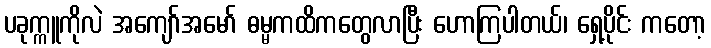
ပခုက္ကူကိုလဲ အကျော်အမော် ဓမ္မကထိကတွေလာပြီး ဟောကြပါတယ်၊ ရှေ့ပိုင်း ကတော့